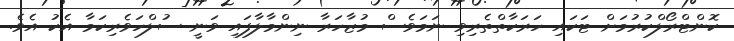
ކޮންޓްރޯލްކުރުމަށް ޓަކައި ހަރަކާތްތެރިވި ނަމަވެސް މުޒާހަރާ ނިންމާލާފައި ވަނީ ސުލްހަވެރިކަމާ އެކު އެވެ.